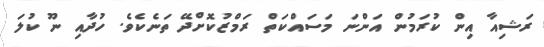
ރަޝިއާ އިން ކުރަމުން އަންނަ މަސައްކަތް ރަމްޒުކޮށްދޭ ތަނެކެވެ. ހުދާއި ނޫ ކުލަ